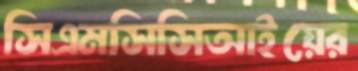
সিএমসিসিআইয়ের